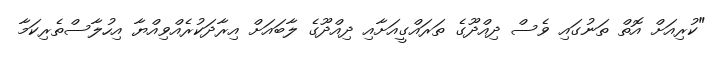
"ކުރިއަށް އޮތް ތަނުގައި ވެސް ދިއްދޫގެ ތަރައްގީއަށާއި ދިއްދޫގެ ލާބައަށް އިރާދަކުރެއްވިއްޔާ އިހުލާސްތެރިކަމާ